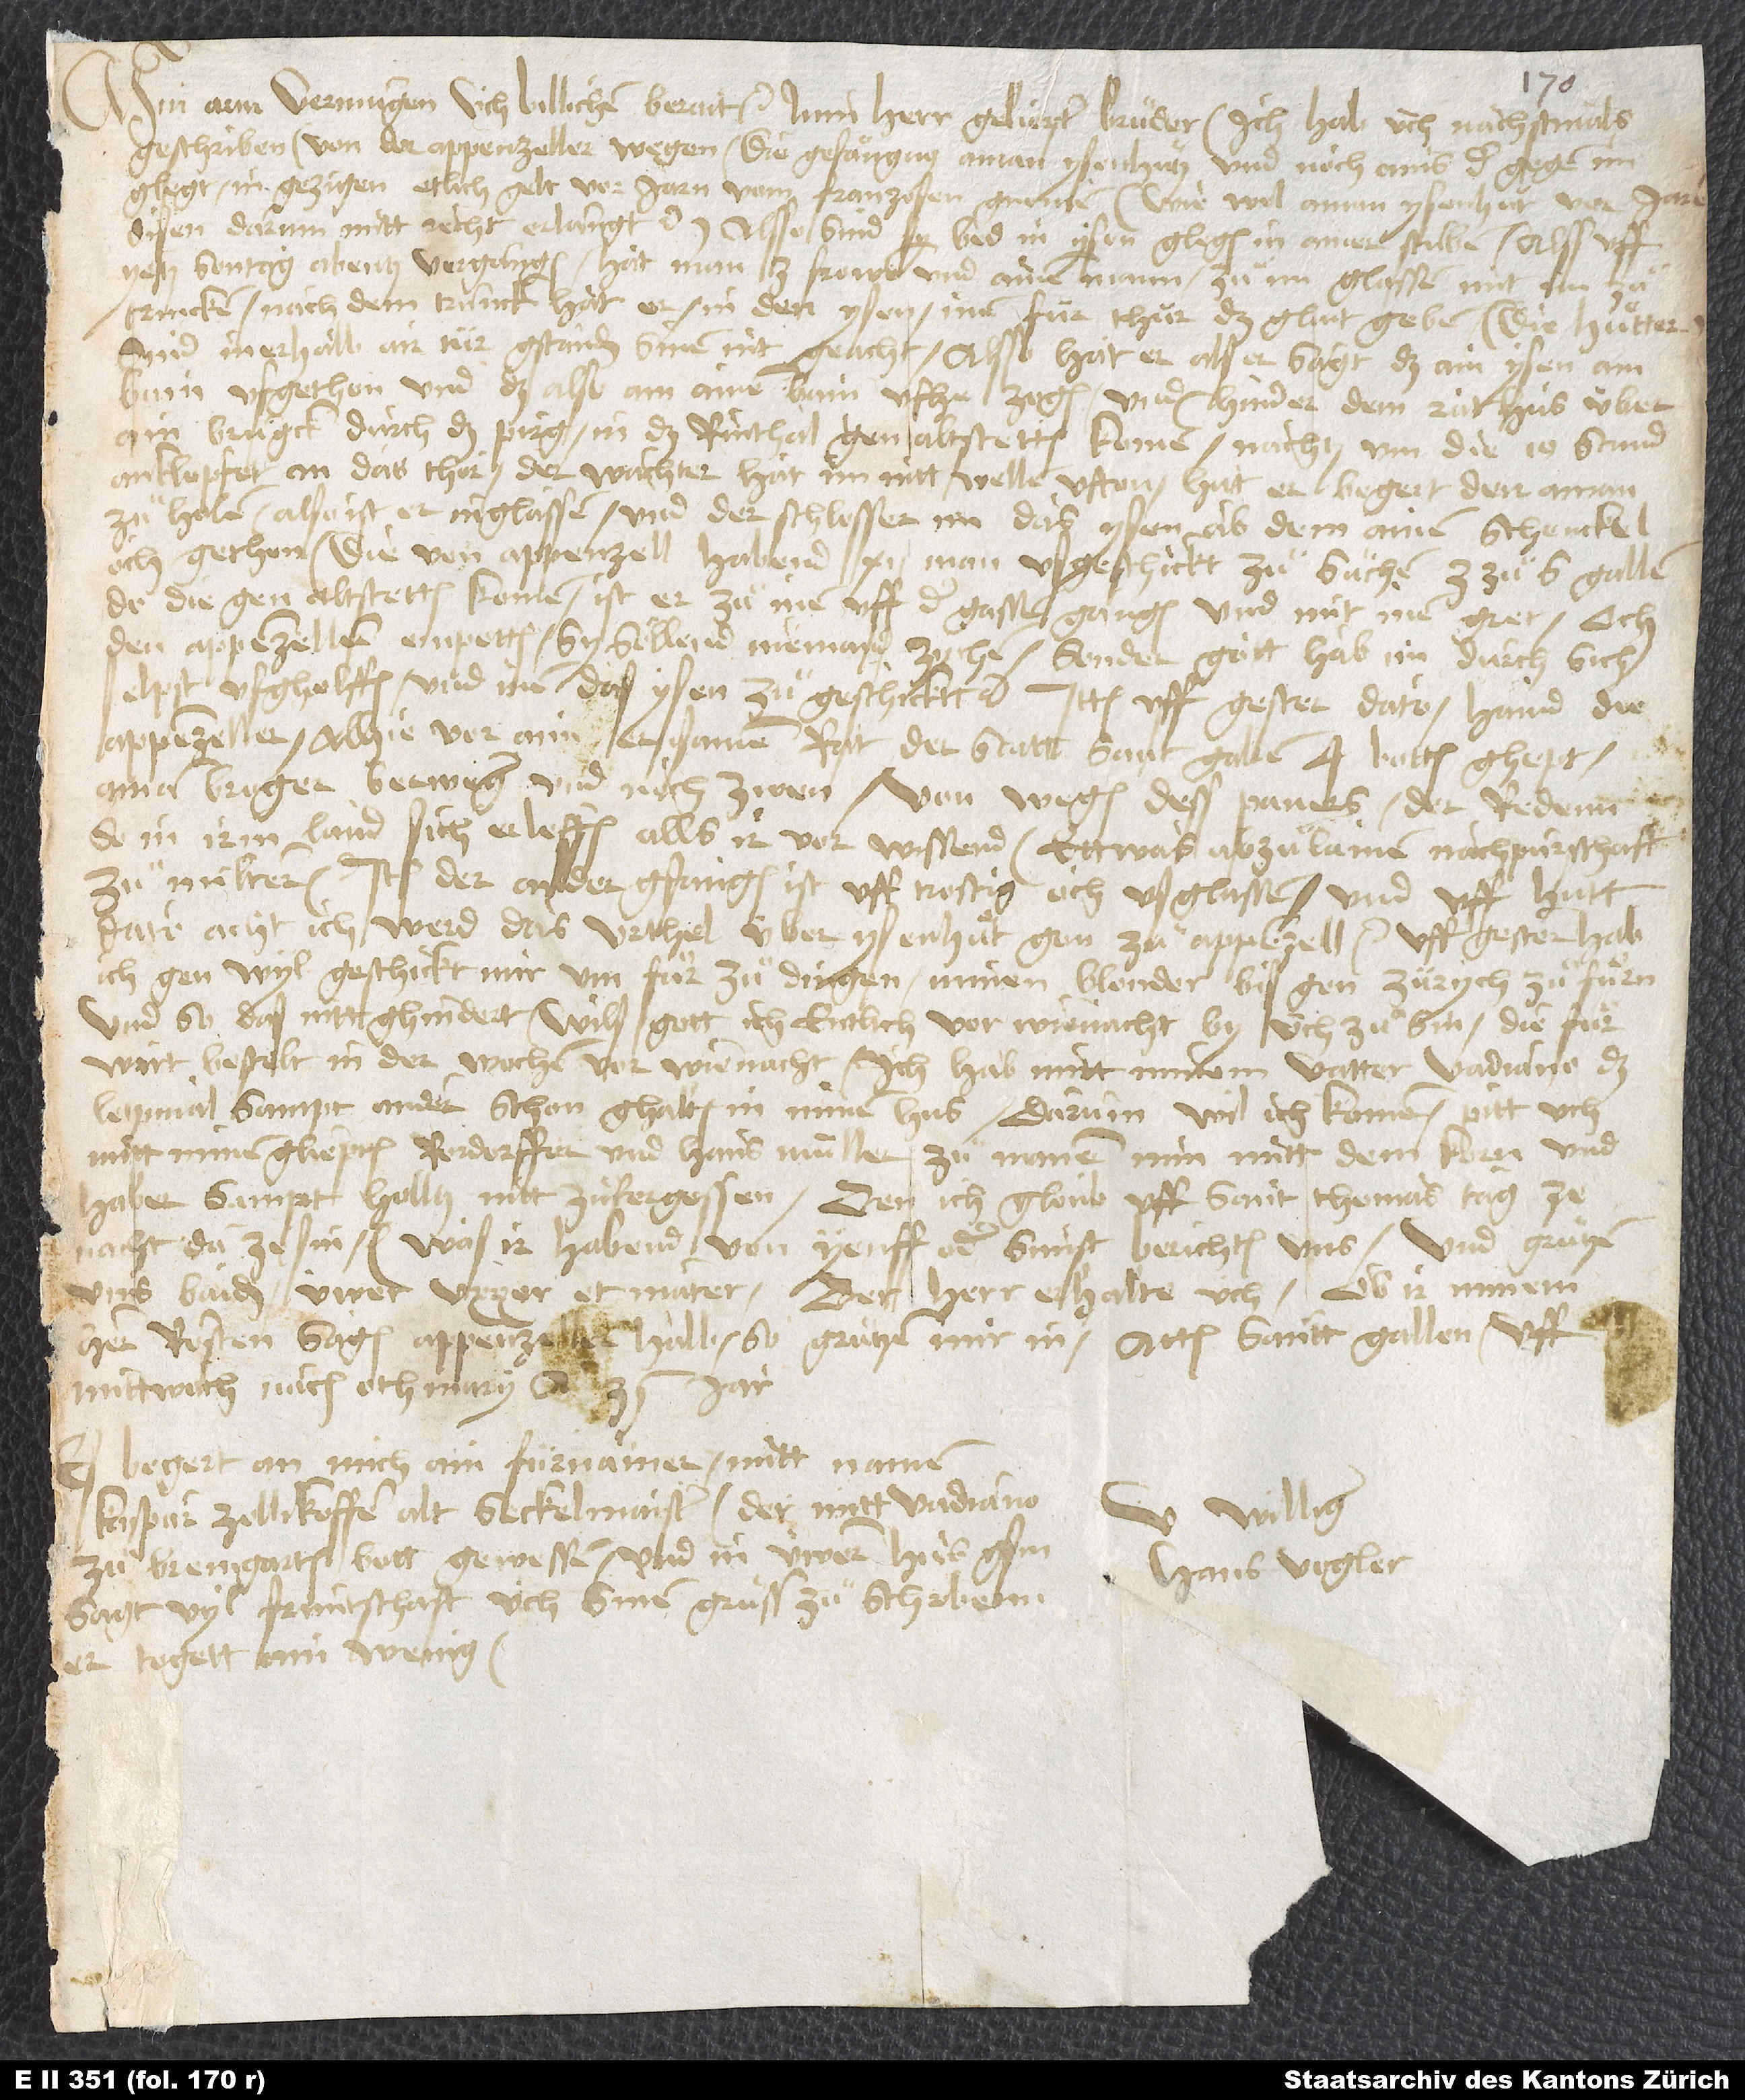
Min arm vermügen üch billichen berait etc. Min herr, geliepter bruͦder. Ich hab üch nächstmals
geschriben von der Appenzeller wegen, die gefängnus aman Ysenhuͦtz und noch ains, der gegen im
glegt, in gezigen, etlich gelt vor jarn vom Franzosen gnomen (wie wol aman Ysenhut vor jaren
disen darum mitt recht erlangt) etc. Alsso sind sy bed in ysen glegen in ainer stuben. Alss uff
yetz sontag abentz vergangen, hat man 3 frowen und ainen mann zuͦ im glassen, mit im zuͦ
trincken. Nach dem trunck hat er, in den ysen, inen für thür das glait geben. Die huͤtter
sind inerhalb air tür gstanden, sinen nit geacht. Alsso hat er, als er sagt, das ain ysen am
bain ufgethon und das also am ainen bain ufhe zogen, und hinder dem rathus über
ain brugck durch das pirg in das Rinthal gen Altstetten komen nachtz um die 10. stund,
anklopfet an das thor. Der wächter hat im nitt wellen ufthon. Hat er begert, den aman
zuͦ holen. Also ist er inglassen, und der schlosser im das ysen ab dem ainen schenckel
och gethon. Die von Appenzell habend 12 man usgeschickt zuͦ suͦchen, 3 zuͦ S. Gallen.
Do die gen Altstetten komen, ist er zuͦ inen uff der gassen gangen und mit inen gret, och
den Appenzellern empotten, sy söllend niemand zychen, sonder gott hab im durch sich
selpst usgholffen; und inen das ysen zuͦgeschickt etc. Ittem uff gester dato haind die
Appenzeller alhie vor aim ersamen rat der statt Sant Gallen 4 botten ghept,
aman Broger, Berweger und noch zwen, von wegen dess paners, der redenn,
so in ir land sich erloffen, alls ir vor wissend, ettwas abzuͦlainen, nachpurschaft
zuͦ milteren. Item der ander gfangen ist uff trostig och usglassen, und uff hütt
dato, acht ich, werd das urthel über Ysenhuͦt gon zuͦ Appenzell etc. Uff gester hab
ich gen Wyl geschickt, mir um fuͦr zuͦ dingen, minen blonder bis gen Zürych zuͦ fuͦrn.
Und so das nitt ghindert, wils gott, ich entlich vor wienacht by üch zuͦ sin. Die fuͦr
wirt bestelt in der wochen vor wienacht. Ich hab mitt minem vatter Vadiano das
letzt mal sampt andern schon ghalten in minem hus. Darum wil ich kommen. Pitt üch
mitt minen gliepten, Rordorffer und Hans Müller zuͦ manen, min mitt dem korn und
haber sampt holltz nitt zuͦ fergessen. Den ich gloub, uff Sant Thomas tag ze
nacht da ze sin. Was ir habend von Yenff oder sunst, berichten uns, und gruͤtzen
uns baiden üwer uxor et mater. Der herr erhalte üch. Ob ir minem
hern Rösten sagen Appenzeller halb, so gruͤtzen mir in. Actum Santt Gallen, uff
mittwoch nach Othmary anno
begert an mich ain fürnämer, mitt namen
Kaspar Zollikoffer, alt seckelmaister, der mitt Vadiano
U williger
zuͦ Bremgarten bott gewessen und in üwerm hus gsin,
Hans Vogler.
sagt vyl früntschaft, üch sinen gruͦss zuͦ schribenn.
Er togett ain wenig.